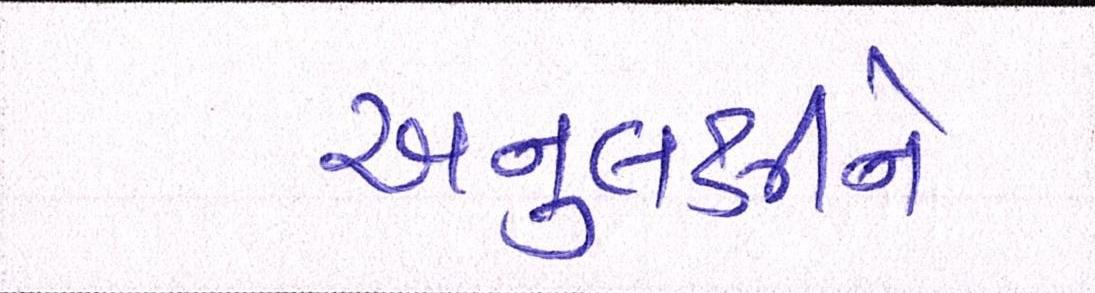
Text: અનુલક્ષીને